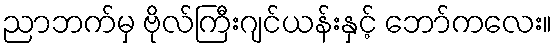
ညာဘက်မှ ဗိုလ်ကြီးဂျင်ယန်းနှင့် ဘော်ကလေး။